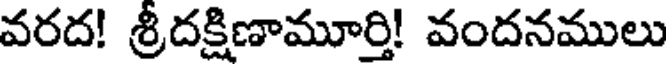
వరద! శ్రీదక్షిణామూర్తి! వందనములు